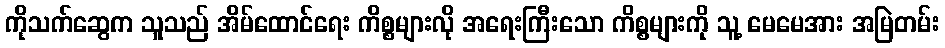
ကိုသက်ဆွေက သူသည် အိမ်ထောင်ရေး ကိစ္စများလို အရေးကြီးသော ကိစ္စများကို သူ့ မေမေအား အမြဲတမ်း